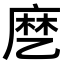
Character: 𬼳